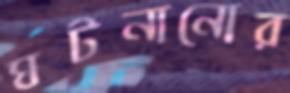
ঘটনানোর